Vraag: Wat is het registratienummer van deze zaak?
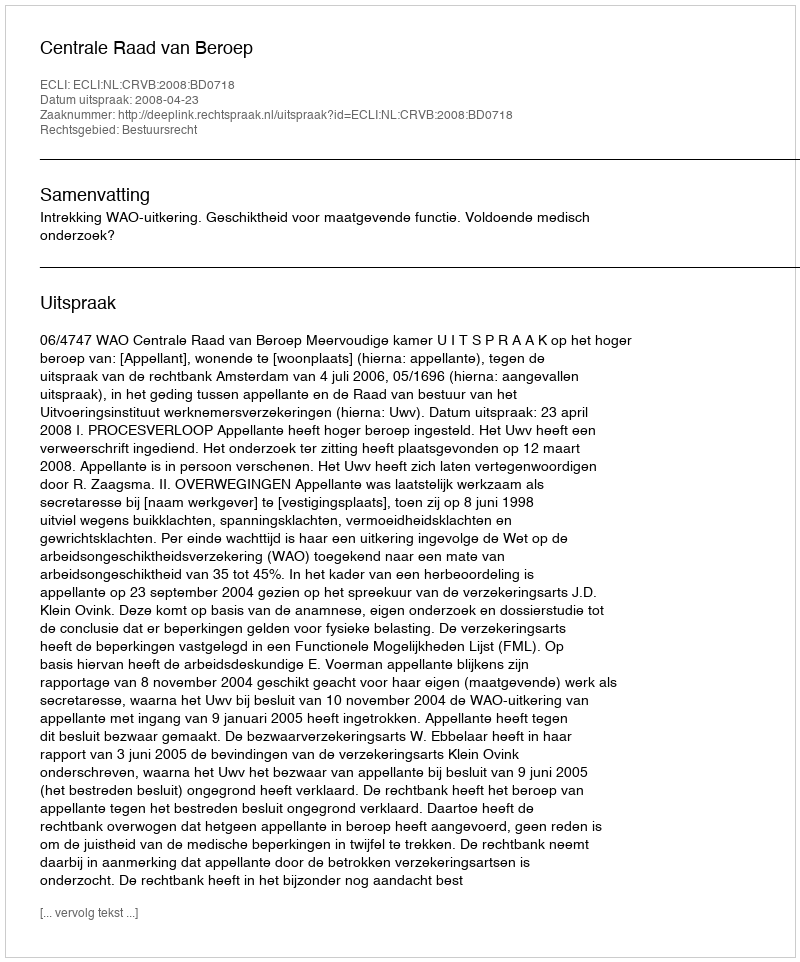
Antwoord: http://deeplink.rechtspraak.nl/uitspraak?id=ECLI:NL:CRVB:2008:BD0718